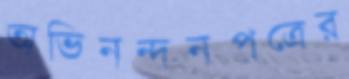
অভিনন্দনপত্রের